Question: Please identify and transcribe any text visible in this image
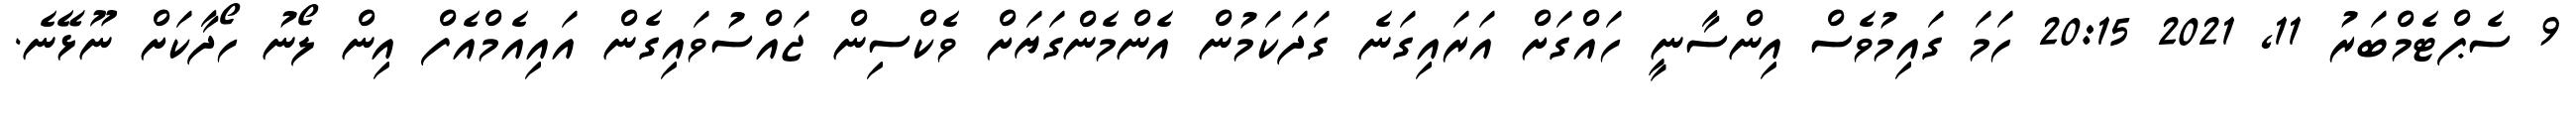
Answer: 9 ސެޕްޓެމްބަރު 11, 2021 20:15 ހަމަ ގައިމުވެސް އިންސާނީ ހައްގަށް އަރައިގަނެ ގަދަކަމުން އެންމެންގަޔަށް ވެކްސިން ޖައްސުވައިގެން އައިއެމްއެފް އިން ލޯނު ހޯދާކަށް ނޫޅޭނެ.